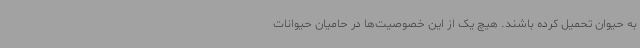
به حیوان تحمیل کرده باشند. هیچ یک از این خصوصیت‌ها در حامیان حیوانات